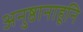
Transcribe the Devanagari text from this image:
अनुष्ठानाहूनि